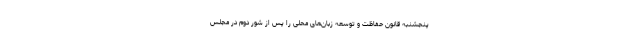
پنجشنبه قانون حفاظت و توسعه زبان‌های محلی را پس از شور دوم در مجلس